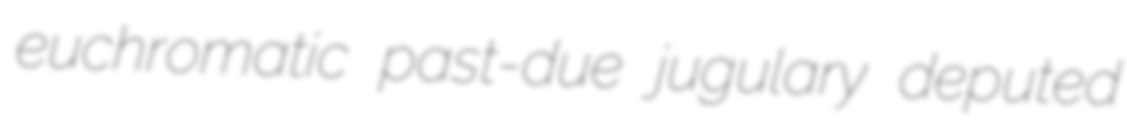
euchromatic past-due jugulary deputed